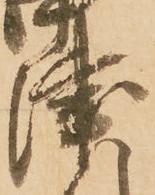
津